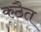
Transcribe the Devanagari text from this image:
कठैत